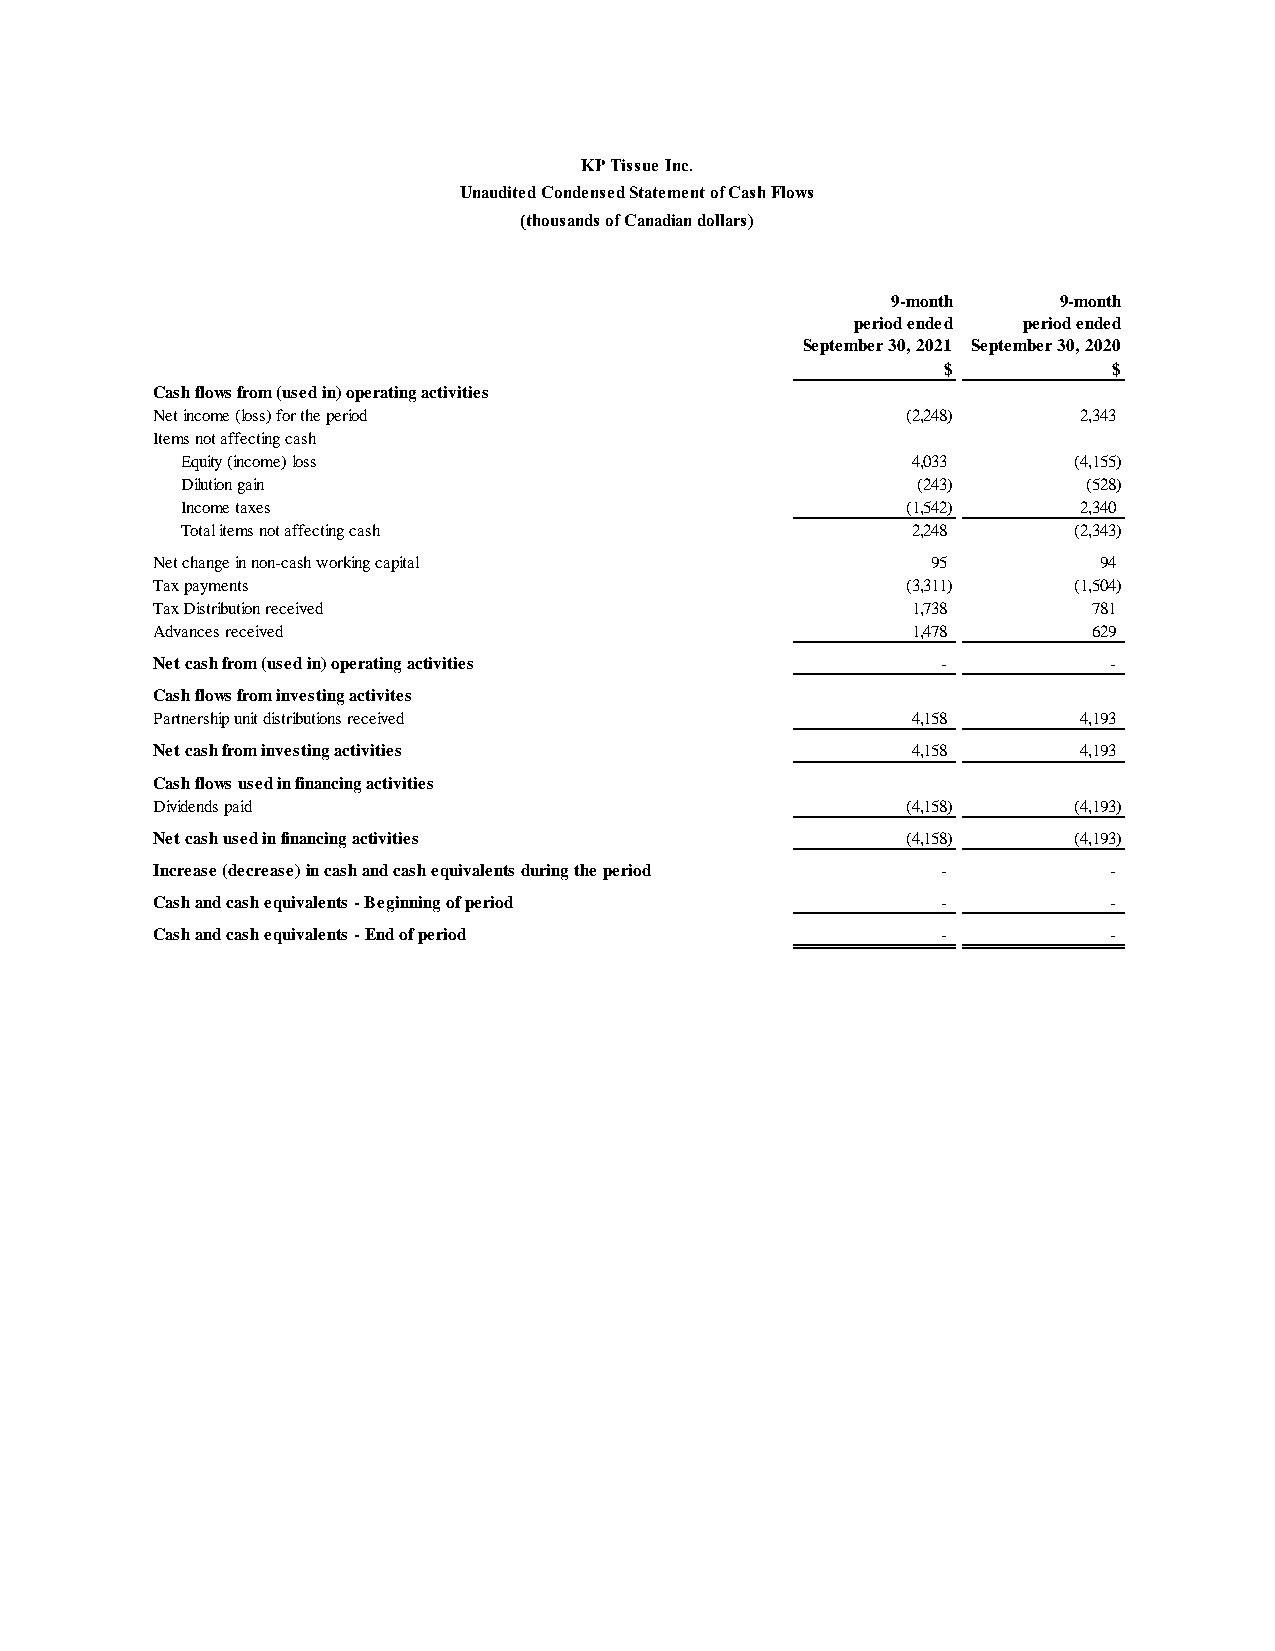
KP Tissue Inc.
 Unaudited Condensed Statement of Cash Flows
 (thousands of Canadian dollars)
 9-month    9-month
 period ended period ended
 September 30, 2021 September 30, 2020
 $           $
 Cash flows from (used in) operating activities
 Net income (loss) for the period                  (2,248)     2,343
 Items not affecting cash
 Equity (income) loss                            4,033      (4,155)
 Dilution gain                                    ( 243)     ( 528)
 Income taxes                                    (1,542)     2,340
 Total items not affecting cash                  2,248      (2,343)
 Net change in non-cash working capital              9 5        9 4
 Tax payments                                      (3,311)    (1,504)
 Tax Distribution received                         1,738       781
 Advances received                                 1,478       629
 Net cash from (used in) operating activities        -          -
 Cash flows from investing activites
 Partnership unit distributions received           4,158       4,193
 Net cash from investing activities                4,158       4,193
 Cash flows used in financing activities
 Dividends paid                                    (4,158)    (4,193)
 Net cash used in financing activities             (4,158)    (4,193)
 Increase (decrease) in cash and cash equivalents during the period - -
 Cash and cash equivalents - Beginning of period     -          -
 Cash and cash equivalents - End of period           -          -